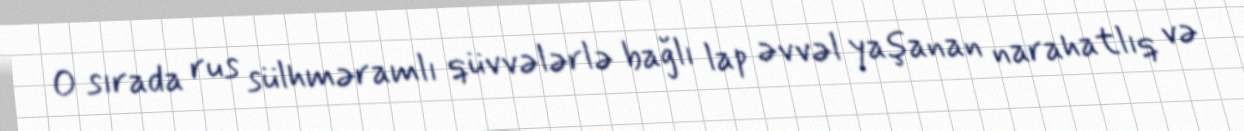
O sırada rus sülhməramlı qüvvələrlə bağlı lap əvvəl yaşanan narahatlıq və